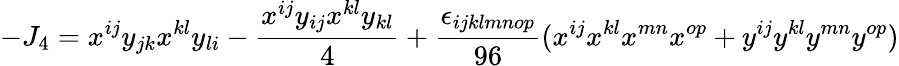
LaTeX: -J_{4}=x^{ij}y_{jk}x^{kl}y_{li}-{\frac{x^{ij}y_{ij}x^{kl}y_{kl}}{4}}+{\frac{\epsilon_{ijklmnop}}{96}}(x^{ij}x^{kl}x^{mn}x^{op}+y^{ij}y^{kl}y^{mn}y^{op})